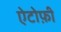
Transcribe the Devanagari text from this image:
ऐटोफ़ी